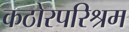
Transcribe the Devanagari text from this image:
कठोरपरिश्रम